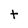
Character: t